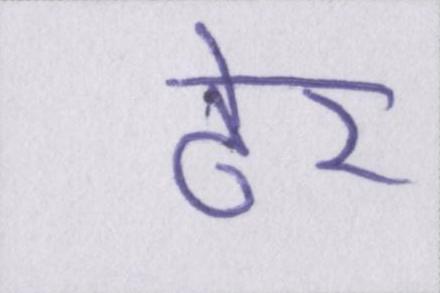
ढेर